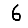
Digit: 6